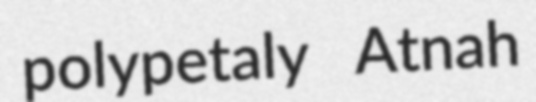
polypetaly Atnah